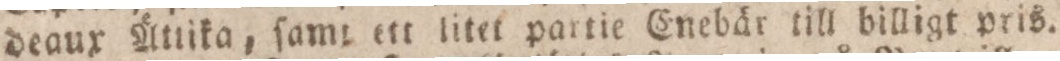
deaux Ätlika, ſamt ett litet partie Enebär till billigt pris.